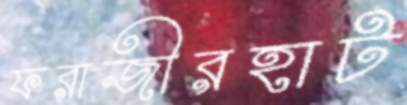
ফরাজীরহাট